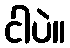
ငါပဲ။